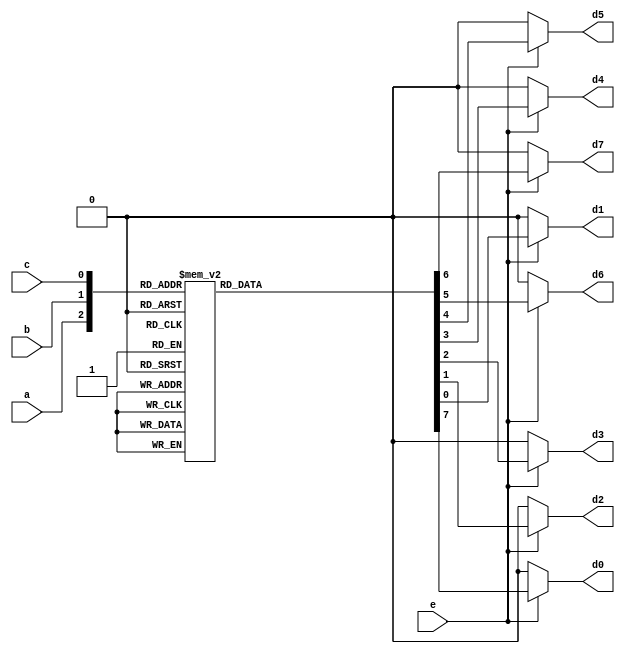
`timescale 1ns / 1ps
//////////////////////////////////////////////////////////////////////////////////
// Company: 
// Engineer: 
// 
// Design Name: 
// Module Name: Decoder_behavioral
// Project Name: 
// Target Devices: 
// Tool Versions: 
// Description: 
// 
// Dependencies: 
// 
// Revision:
// Revision 0.01 - File Created
// Additional Comments:
// 
//////////////////////////////////////////////////////////////////////////////////


module Decoder_behavioral(
    input e,
    input a,
    input b,
    input c,
    output reg d0,
    output reg d1,
    output reg d2,
    output reg d3,
    output reg d4,
    output reg d5,
    output reg d6,
    output reg d7
    );
   
    always @(e,a,b,c)
    begin
   
    d0=1'b0;
    d1=1'b0;
    d2=1'b0;
    d3=1'b0;
    d4=1'b0;
    d5=1'b0;
    d6=1'b0;
    d7=1'b0;
   
    if(e==1'b1)
    case({a,b,c})
    3'b000 : d0 =1'b1;
    3'b001 : d1 =1'b1;
    3'b010 : d2 =1'b1;
    3'b011 : d3 =1'b1;
    3'b100 : d4 =1'b1;
    3'b101 : d5 =1'b1;
    3'b110 : d6 =1'b1;
    3'b111 : d7 =1'b1;
    default : begin
                 d0=1'b0; d1=1'b0; d2=1'b0; d3=1'b0; d4=1'b0; d5=1'b0; d6=1'b0; d7=1'b0;
                end
    endcase
  end
endmodule